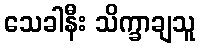
သေခါနီး သိက္ခာချသူ